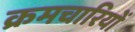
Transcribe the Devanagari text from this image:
क्रमचारियों